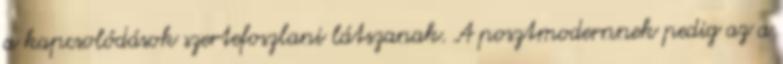
a kapcsolódások szertefoszlani látszanak. A posztmodernnek pedig az a